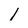
Character: 1